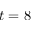
t = 8